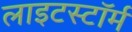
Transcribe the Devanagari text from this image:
लाइटस्टॉर्म